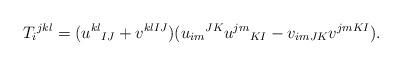
LaTeX: \begin{align*}T_i{}^{jkl}=(u^{kl}{}_{IJ}+v^{klIJ})(u_{im}{}^{JK}u^{jm}{}_{KI}-v_{imJK}v^{jmKI}).\end{align*}